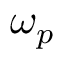
\omega _ { p }